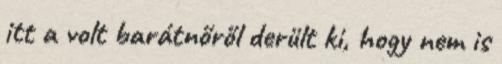
itt a volt barátnőről derült ki, hogy nem is